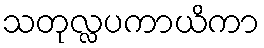
သတုလ္လပကာယိကာ